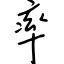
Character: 率